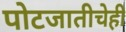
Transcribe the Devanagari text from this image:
पोटजातीचेही